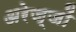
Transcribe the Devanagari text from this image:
अरेज्जों